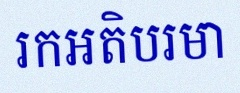
រកអតិបរមា